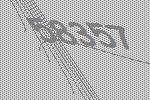
58357